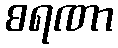
စရဏာ